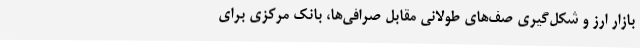
بازار ارز و شکل‌گیری صف‌های طولانی مقابل صرافی‌ها، بانک مرکزی برای